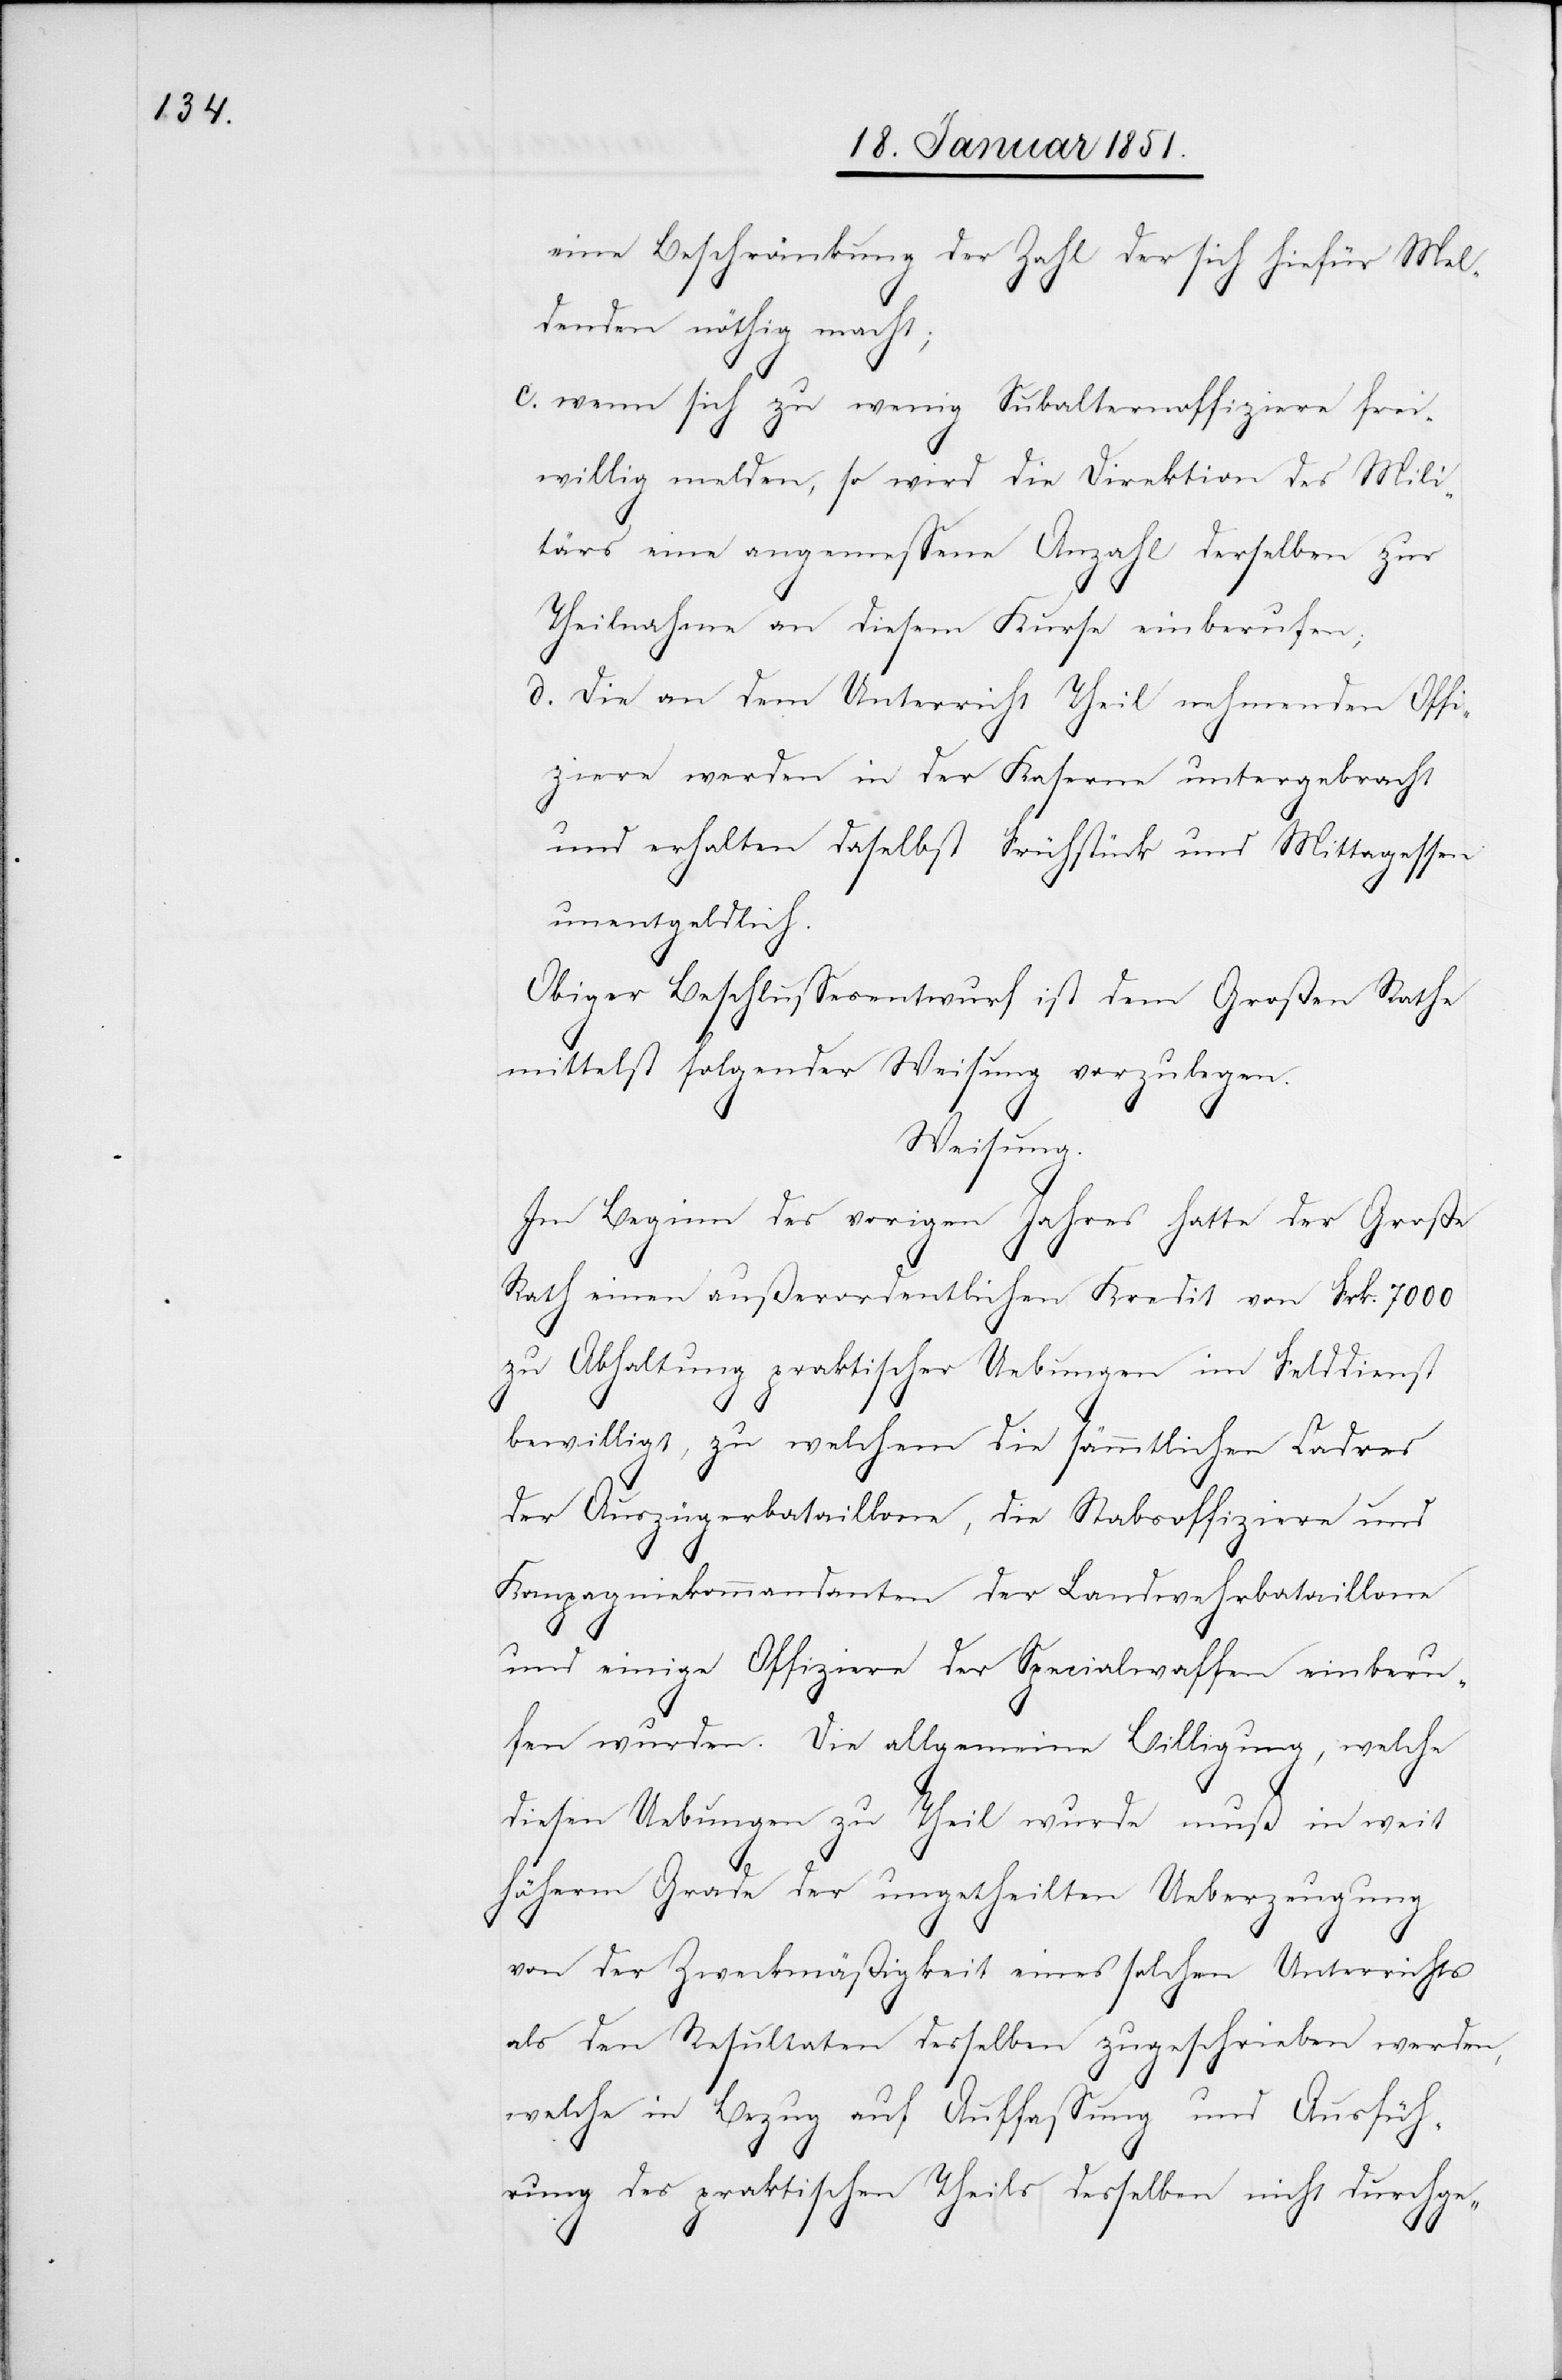
eine Beschränkung der Zahl der sich hiefür Mel¬
denden nöthig macht;
wenn sich zu wenig Subalternoffiziere frei¬
willig melden, so wird die Direktion des Mili¬
tärs eine angemessene Anzahl derselben zur
Theilnahme an diesem Kurse einberufen;
Die an dem Unterricht Theil nehmenden Offi¬
ziere werden in der Kaserne untergebracht
und erhalten daselbst Frühstück und Mittagessen
unentgeldlich.
Obiger Beschlussesentwurf ist dem Großen Rathe
mittelst folgender Weisung vorzulegen.
Weisung.
Im Beginn des vorigen Jahres hatte der Große
Rath einen außerordentlichen Kredit von Frk. 7000
zu Abhaltung praktischer Uebungen im Felddienst
bewilligt, zu welchem die sämmtlichen Cadres
der Auszügerbataillone, die Stabsoffiziere und
Kompagniekommandanten der Landwehrbataillone
und einige Offiziere der Specialwaffen einberu¬
fen wurden. Die allgemeine Billigung, welche
diesen Uebungen zu Theil wurde muß in weit
höherm Grade der ungetheilten Ueberzeugung
von der Zweckmäßigkeit eines solchen Unterrichts
als den Resultaten desselben zugeschrieben werden,
welche in Bezug auf Auffassung und Ausfüh¬
rung des praktischen Theils desselben nicht durchge-